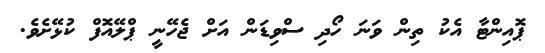
ޕޮއިންޓާ އެކު ތިން ވަނަ ހޯދި ސްވިޑަން އަށް ޖެހޭނީ ޕްލޭއޮފް ކުޅޭށެވެ.